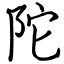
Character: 陀